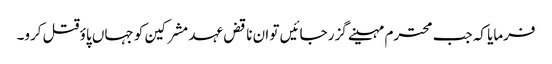
فرمایا کہ جب محترم مہینے گزر جائیں تو ان ناقض عہد مشرکین کو جہاں پاؤ قتل کرو۔